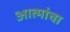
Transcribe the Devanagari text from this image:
आत्मांचा